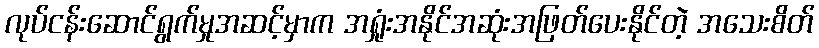
လုပ်ငန်းဆောင်ရွက်မှုအဆင့်မှာက အရှုံးအနိုင်အဆုံးအဖြတ်ပေးနိုင်တဲ့ အသေးစိတ်